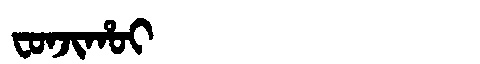
Manchu: ᠸᠣᠨᠵᡳᡥᠣᡳ
Romanization: FONJIHOI